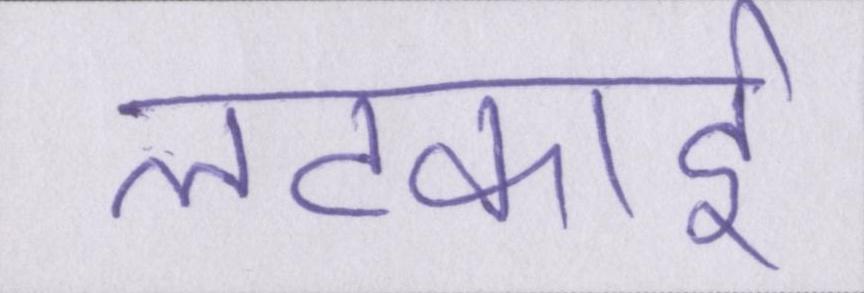
लटकाई